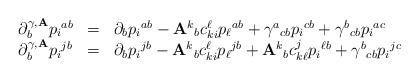
LaTeX: \begin{align*}\begin{array}{lll} \partial^{\gamma,\mathbf{A}}_b p{_i}^{ab} & = & \partial_bp{_i}^{ab} - \mathbf{A}{^k}_bc^\ell_{ki}p{_\ell}^{ab} + \gamma{^a}_{cb}p{_i}^{cb} + \gamma{^b}_{cb}p{_i}^{ac} \\\partial^{\gamma,\mathbf{A}}_bp{_i}^{jb} & = & \partial_bp{_i}^{jb} - \mathbf{A}{^k}_bc^\ell_{ki}p{_\ell}^{jb} + \mathbf{A}{^k}_bc^j_{k\ell} p{_i}^{\ell b} + \gamma{^b}_{cb}p{_i}^{jc} \end{array}\end{align*}